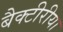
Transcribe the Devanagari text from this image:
बैक्टीरीया